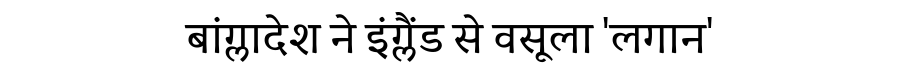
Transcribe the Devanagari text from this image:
बांग्लादेश ने इंग्लैंड से वसूला 'लगान'